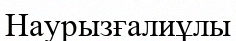
Наурызғалиұлы